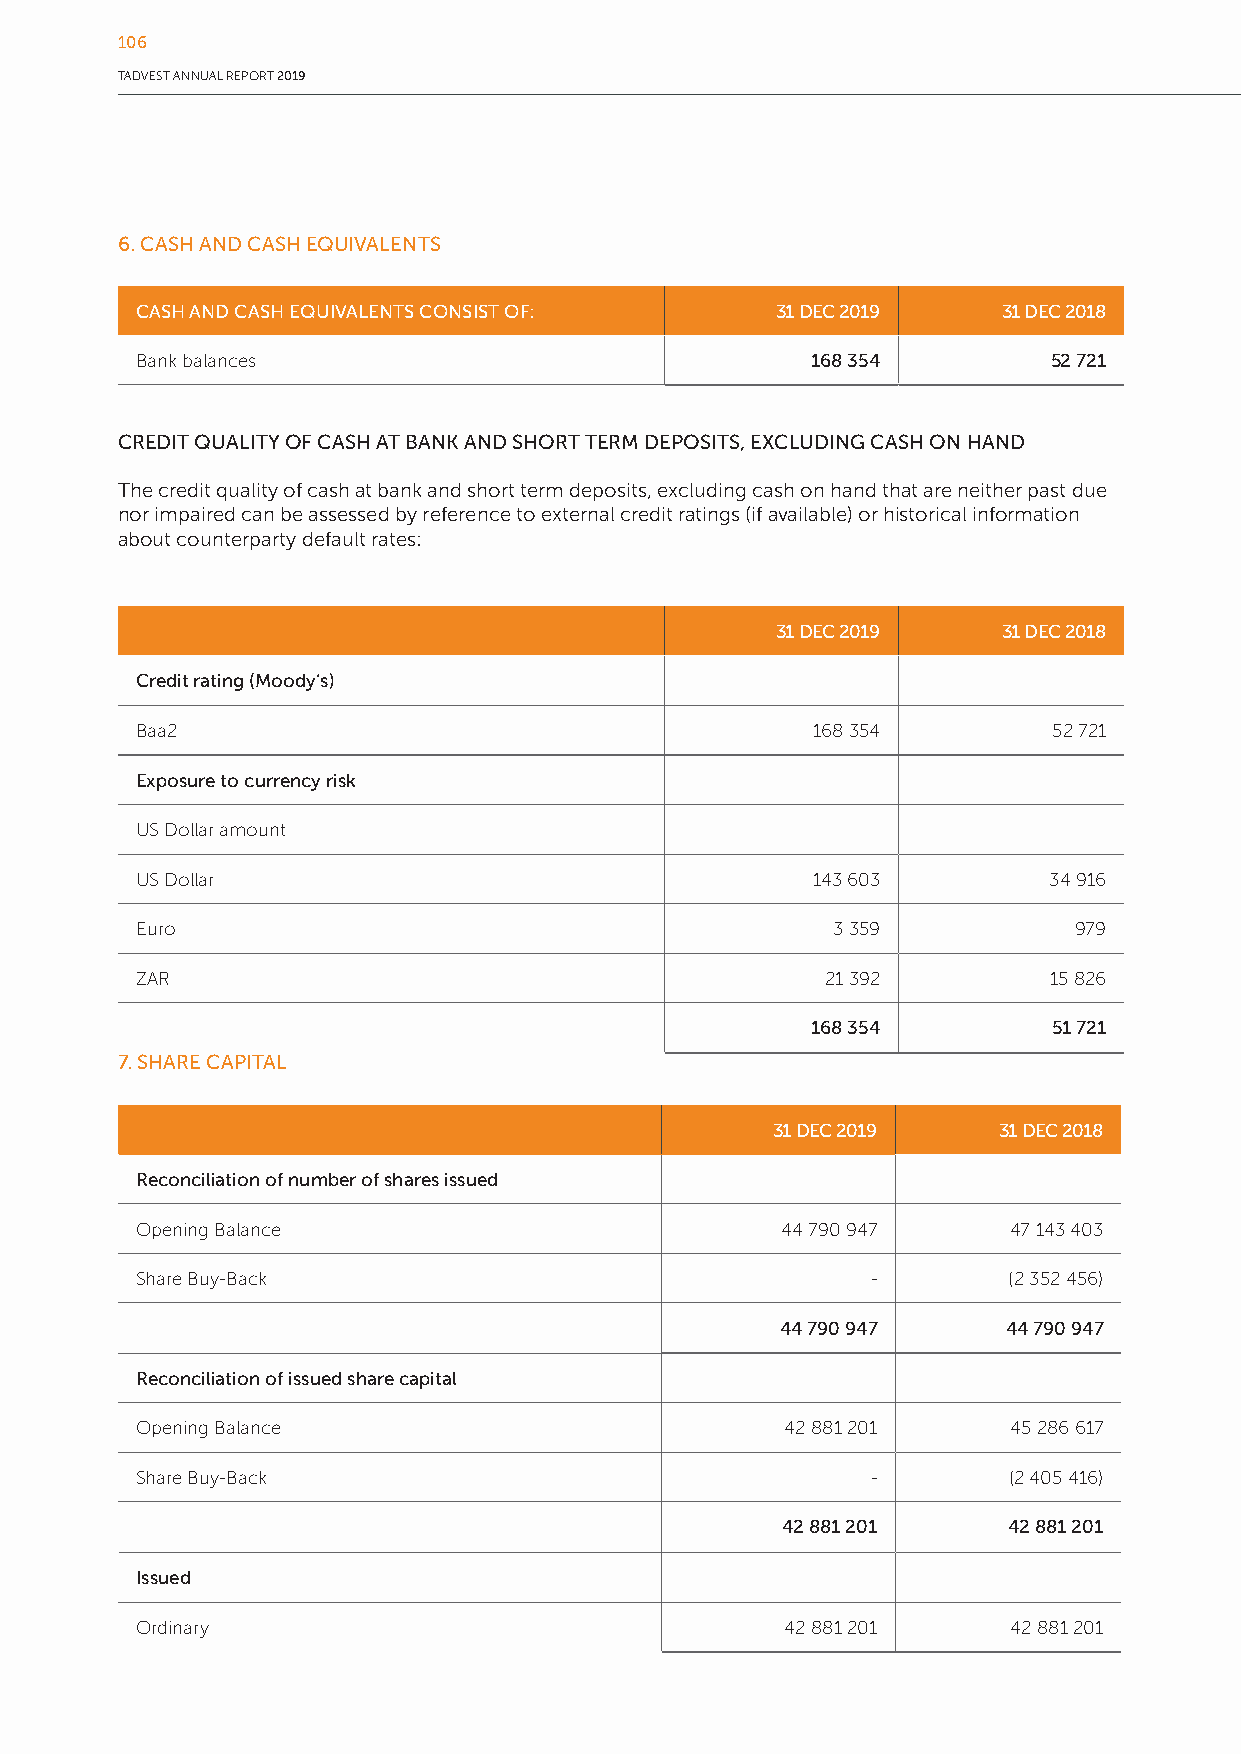
106
 TADVEST ANNUAL REPORT 2019
 6. CASH AND CASH EQUIVALENTS
 CASH AND CASH EQUIVALENTS CONSIST OF:     31 DEC 2019    31 DEC 2018
 Bank balances                                168 354         52 721
 CREDIT QUALITY OF CASH AT BANK AND SHORT TERM DEPOSITS, EXCLUDING CASH ON HAND
 The credit quality of cash at bank and short term deposits, excluding cash on hand that are neither past due
 nor impaired can be assessed by reference to external credit ratings (if available) or historical information
 about counterparty default rates:
 31 DEC 2019    31 DEC 2018
 Credit rating (Moody’s)
 Baa2                                         168 354         52 721
 Exposure to currency risk
 US Dollar amount
 US Dollar                                    143 603        34 916
 Euro                                          3 359           979
 ZAR                                           21 392        15 826
 168 354         51 721
 7. SHARE CAPITAL
 31 DEC 2019    31 DEC 2018
 Reconciliation of number of shares issued
 Opening Balance                            44 790 947     47 143 403
 Share Buy-Back                                   -        (2 352 456)
 44 790 947     44 790 947
 Reconciliation of issued share capital
 Opening Balance                            42 881 201     45 286 617
 Share Buy-Back                                   -        (2 405 416)
 42 881 201     42 881 201
 Issued
 Ordinary                                   42 881 201     42 881 201